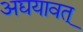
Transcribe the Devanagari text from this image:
अद्ययावत्